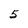
Character: 5